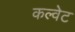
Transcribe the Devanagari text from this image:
कल्वेट